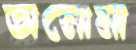
অনোমা